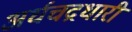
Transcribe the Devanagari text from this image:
अर्धचद्रधारी